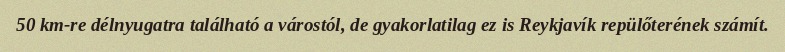
50 km-re délnyugatra található a várostól, de gyakorlatilag ez is Reykjavík repülőterének számít.